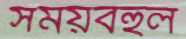
সময়বহুল